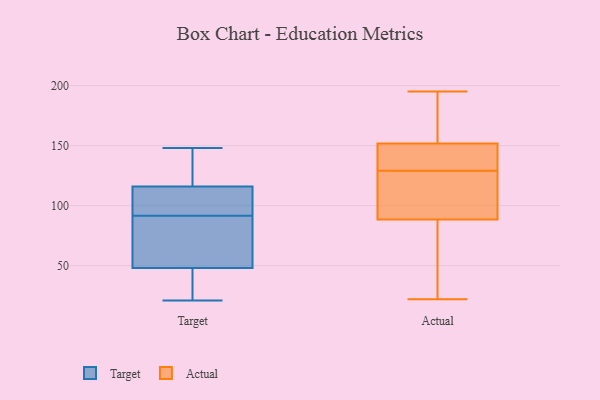
{"axis": {"x": "Net Income (USD K)", "y": "Value"}, "legend": ["Actual", "Target"], "data": [{"x": "", "y": 48, "type": "Target"}, {"x": "", "y": 44, "type": "Target"}, {"x": "", "y": 48, "type": "Target"}, {"x": "", "y": 148, "type": "Target"}, {"x": "", "y": 33, "type": "Target"}, {"x": "", "y": 106, "type": "Target"}, {"x": "", "y": 123, "type": "Target"}, {"x": "", "y": 115, "type": "Target"}, {"x": "", "y": 101, "type": "Target"}, {"x": "", "y": 58, "type": "Target"}, {"x": "", "y": 90, "type": "Target"}, {"x": "", "y": 90, "type": "Target"}, {"x": "", "y": 133, "type": "Target"}, {"x": "", "y": 93, "type": "Target"}, {"x": "", "y": 21, "type": "Target"}, {"x": "", "y": 117, "type": "Target"}, {"x": "", "y": 103, "type": "Actual"}, {"x": "", "y": 90, "type": "Actual"}, {"x": "", "y": 148, "type": "Actual"}, {"x": "", "y": 128, "type": "Actual"}, {"x": "", "y": 195, "type": "Actual"}, {"x": "", "y": 151, "type": "Actual"}, {"x": "", "y": 49, "type": "Actual"}, {"x": "", "y": 152, "type": "Actual"}, {"x": "", "y": 193, "type": "Actual"}, {"x": "", "y": 40, "type": "Actual"}, {"x": "", "y": 44, "type": "Actual"}, {"x": "", "y": 143, "type": "Actual"}, {"x": "", "y": 129, "type": "Actual"}, {"x": "", "y": 22, "type": "Actual"}, {"x": "", "y": 158, "type": "Actual"}, {"x": "", "y": 102, "type": "Actual"}, {"x": "", "y": 149, "type": "Actual"}, {"x": "", "y": 88, "type": "Actual"}, {"x": "", "y": 181, "type": "Actual"}]}